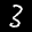
Label: 3